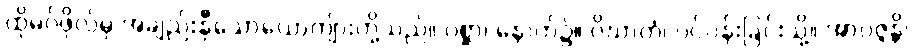
ထိုမဂ်ဖိုလ်မှ အချည်းနှီသောယောကျ်ားတို့သည်။ ပစ္ဆာ၊ နောက်၌။ ဝိဃာတံ၊ ပင်ပန်းခြင်းသို့။ အာပဇ္ဇန္တိ၊